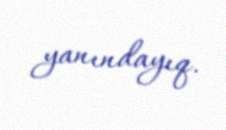
yanındayıq.